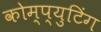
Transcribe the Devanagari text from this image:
कोम्प्युटिंग